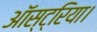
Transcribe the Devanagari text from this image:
ऑस्ट्रिया।